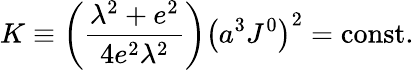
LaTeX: K\equiv\left({\frac{\lambda^{2}+e^{2}}{4e^{2}\lambda^{2}}}\right)\left(a^{3}J^{0}\right)^{2}=\mathrm{const.}